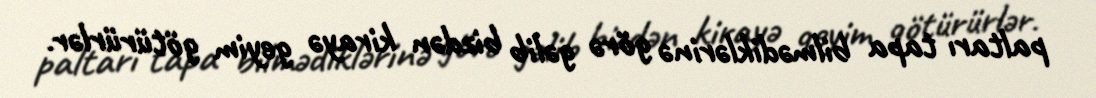
paltarı tapa bilmədiklərinə görə gəlib bizdən kirayə geyim götürürlər.